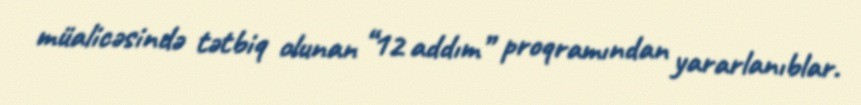
müalicəsində tətbiq olunan “12 addım” proqramından yararlanıblar.